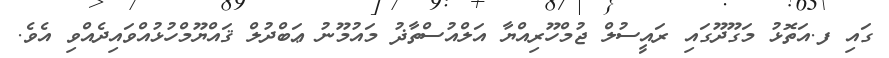
ގައި ފ.އަތޮޅު މަގޫދޫގައި ރައީސުލް ޖުމްހޫރިއްޔާ އަލްއުސްތާޛު މައުމޫނު ޢަބްދުލް ޤައްޔޫމްހުޅުއްވައިދެއްވި އެވެ.